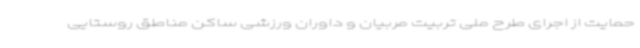
حمایت از اجرای طرح ملی تربیت مربیان و داوران ورزشی ساکن مناطق روستایی